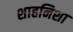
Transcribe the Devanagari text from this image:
शाहनिशा